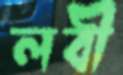
লবী